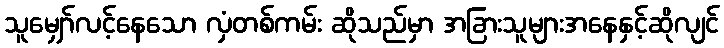
သူမျှော်လင့်နေသော လှံတစ်ကမ်း ဆိုသည်မှာ အခြားသူများအနေနှင့်ဆိုလျင်